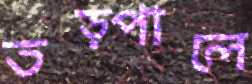
তড়্‌পালে